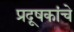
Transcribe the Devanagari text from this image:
प्रदूषकांचे